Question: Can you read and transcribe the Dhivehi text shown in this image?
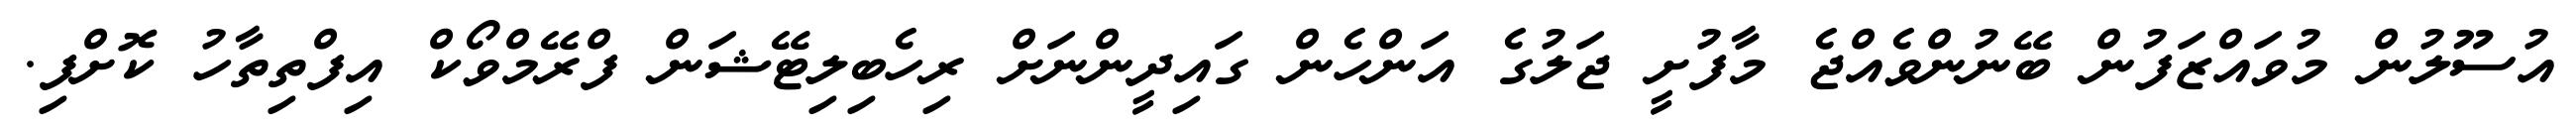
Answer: އުސޫލުން މުވައްޒަފުން ބޭނުންވެއްޖެ މާފުށީ ޖަލުގެ އަންހެން ގައިދީންނަށް ރިހެބިލިޓޭޝަން ފްރޭމްވޯކް އިފްތިތާހު ކޮށްފި.